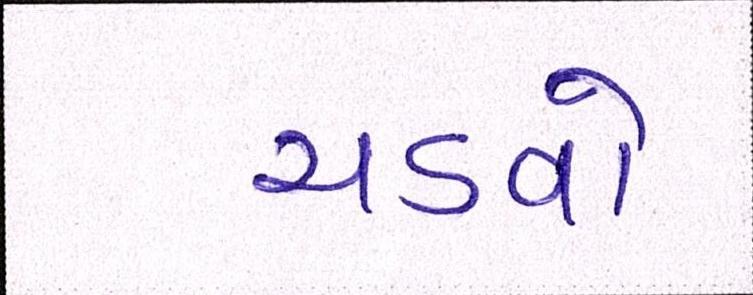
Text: ચડવો